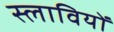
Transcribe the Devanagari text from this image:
स्लावियों